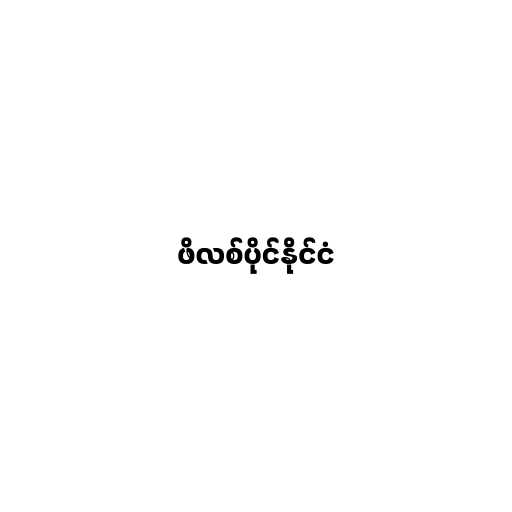
ဖိလစ်ပိုင်နိုင်ငံ